Annual report of the Central Committee of the Association together with the report of the directors of the Pasteur Institute at Kasauli
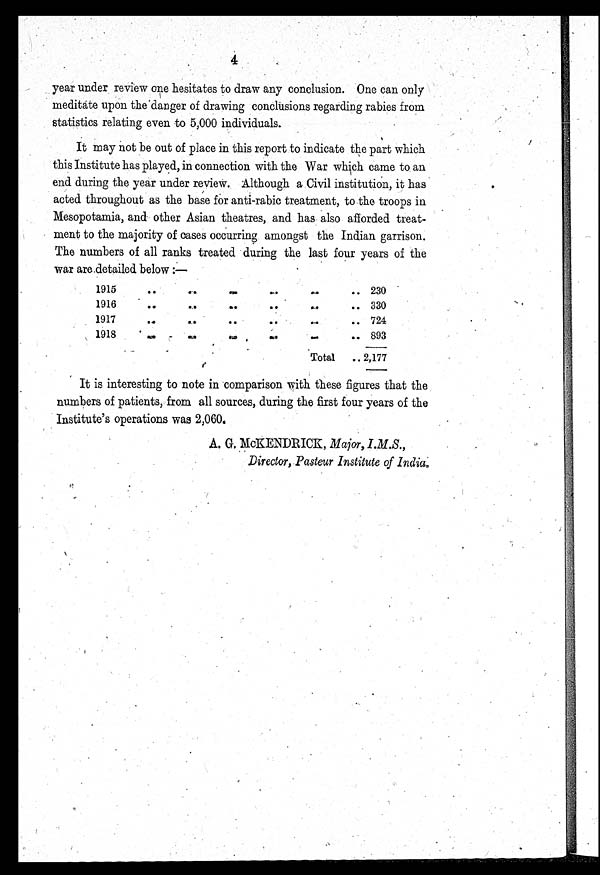
4
year under review one hesitates to draw any conclusion. One can only
meditáte upon the danger of drawing conclusions regarding rabies from
statistics relating even to 5,000 individuals.
It may not be out of place in this report to indicate the part which
this Institute has played, in connection with the War which came to an
end during the year under review. Although a Civil institution, it has
acted throughout as the base for anti-rabic treatment, to the troops in
Mesopotamia, and other Asian theatres, and has also afforded treat
-
ment to the majority of cases occurring amongst the Indian garrison.
The numbers of all ranks treated during the last four years of the
war are detailed below :—
1915
.
.
. 230
1916
.
.
. 330
1917
.
.
. 724
1918
.
.
. 893
T o t a l . . .
2,177
It is interesting to note in comparison with these figures that the
numbers of patients, from all sources, during the first four years of the
Institute's operations was 2,060.
A. G. McKENDRICK, Major, I.M.S.,
Director, Pasteur Institute of India.